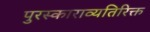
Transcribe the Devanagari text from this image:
पुरस्काराव्यतिरिक्त